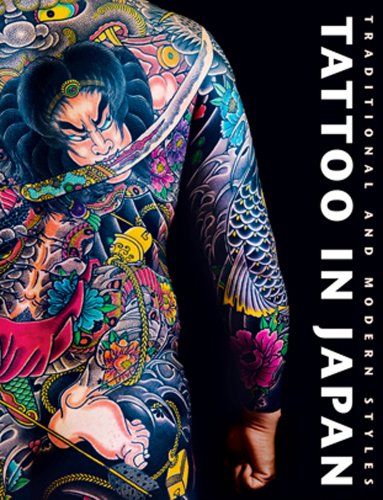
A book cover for Tattoo in Japan: Traditional and Modern Styles; Manami Okazaki; Arts & Photography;